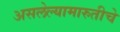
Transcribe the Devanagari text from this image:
असलेल्यामारुतीचे